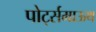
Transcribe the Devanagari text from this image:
पोर्ट्समाऊथ